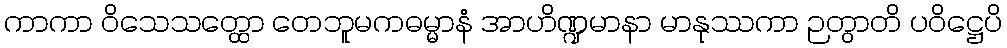
ကာကာ ဝိသေသတ္ထော တေဘူမကဓမ္မာနံ အာဟိဏ္ဍမာနာ မာနုဿကာ ဉတွာတိ ပဝိဋ္ဌေပိ